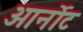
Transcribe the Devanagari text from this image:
आर्नोट